Lock hospitals Punjab
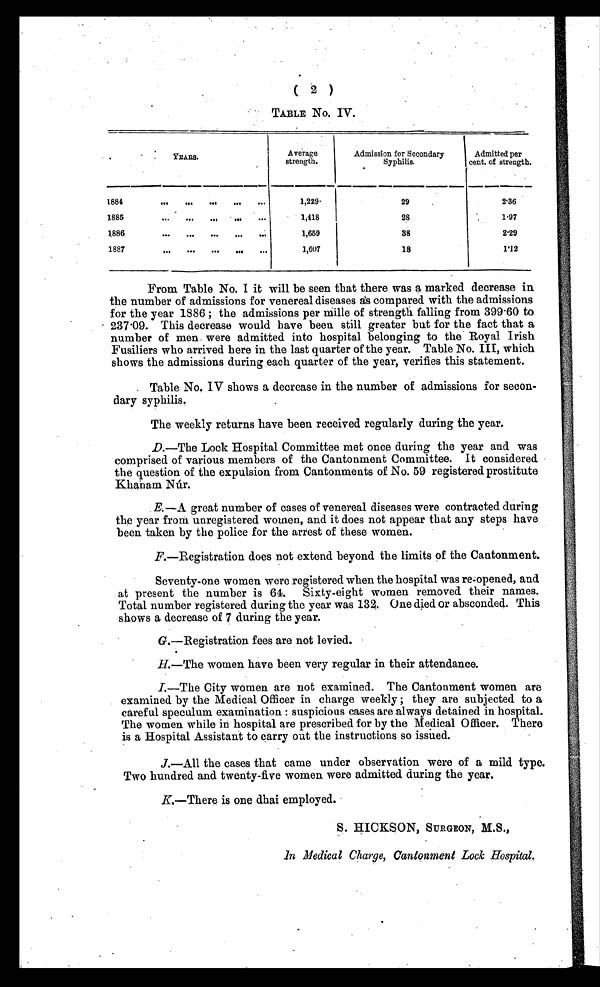
( 2 )
TABLE No. IV.
YEARS.
Average
strength.
Admission for Secondary
Syphilis.
Admitted per
cent. of strength.
1884
. . .
. . .
. . .
. . .
. . .
1,229
29
2.36
1885
. . .
. . .
. . .
. . .
. . .
1,418
28
1.97
1886
. . .
. . .
. . .
. . .
. . .
1,659
38
2.29
1887
. . .
. . .
. . .
. . .
. . .
1,607
18
1.12
From Table No. I it will be seen that there was a marked decrease in
the number of admissions for venereal diseases as compared with the admissions
for the year 1886 ; the admissions per Mille of strength falling from 399.60 to
237.09. This decrease would have been. still greater but for the fact that a
number of men. were admitted into hospital belonging to the Royal Irish
Fusiliers who arrived here in the last quarter of the year. Table No. III, which
shows the admissions during each quarter of the year, verifies this statement.
Table No. IV shows a decrease in the number of admissions for secon-
dary syphilis.
The weekly returns have been received regularly during the year.
D.—The Lock Hospital Committee met once during the year and was
comprised of various members of the Cantonment Committee. It considered
the question of the expulsion from Cantonments of No. 59 registered prostitute
Khanam Nùr.
E.—A great number of cases of venereal diseases were contracted during
the year from unregistered women, and it does not appear that any steps have
been taken by the police for the arrest of these women.
F.—Registration does not extend beyond the limits of the Cantonment.
Seventy-one women were registered when the hospital was re-opened, and
at present the number is 61. Sixty-eight women removed their names.
Total number registered during the year was 132. One died or absconded. This
shows a decrease of 7 during the year.
G.—Registration fees are not levied.
H.—The women have been very regular in their attendance.
I.—The City women are not examined. The Cantonment women are
examined by the Medical Officer in charge weekly ; they are subjected to a
careful speculum examination : suspicious cases are always detained in hospital.
The women while in hospital are prescribed for by the Medical Officer. There
is a Hospital Assistant to carry out the instructions so issued.
J.—All the cases that came under observation were of a mild type.
Two hundred and twenty-five women were admitted during the year.
K.—There is one dhai employed. •
S. HICKSON, SURGEON, M.S.,
In Medical Charge, Cantonment Lock Hospital.